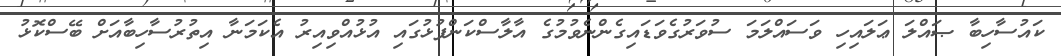
ކައުސާހިބާ ޞައްލަ ޢަލައިހި ވަސައްލަމަ ސުވަރުގެވަޑައިގެންނެވުމުގެ އާލާސްކަންފުޅުގައި އުޅުއްވިއިރު އެކަމަނާ އިތުރުސާހިބާއަށް ބޭސްކޮޅު